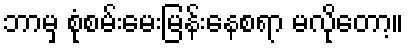
ဘာမှ စုံစမ်းမေးမြန်းနေစရာ မလိုတော့။